Vaccination in Bombay 1924-1928 - 1924-1928
Year: 1924
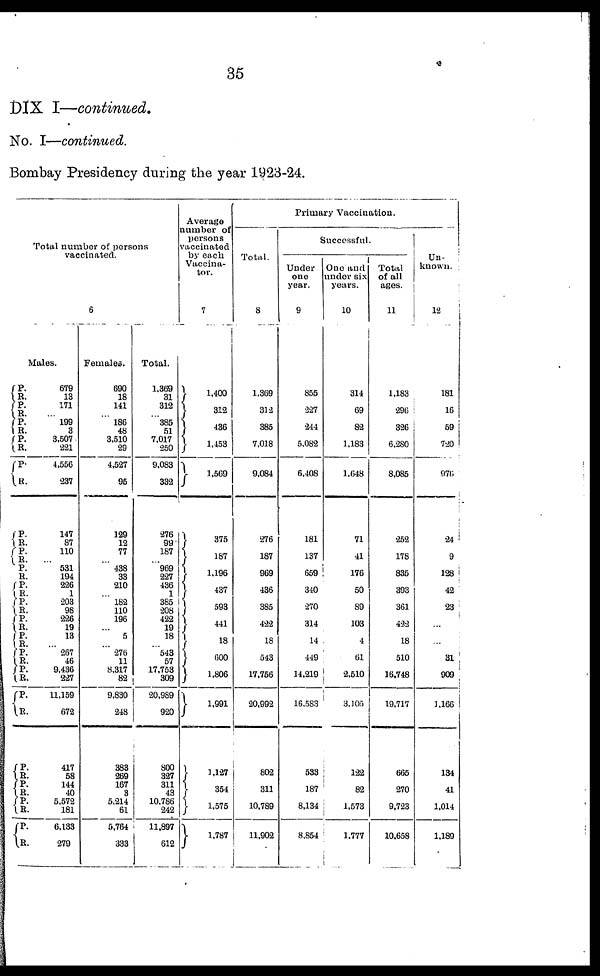
35
DIX I—continued.
No. I—continued.
Bombay Presidency during the year 1923-24.
Total number of persons
vaccinated.
6
Males.
P.
R.
P.
R.
P.
R.
P.
R.
P.
R.
P.
R.
P.
R.
P. R.
P.
R. P.
R.
P.
R.
P.
R.
P.
R.
P.
R.
P.
R.
P.
R.
P.
R.
P.
R.
P.
R.
679
13
171
... 199
3
3,507
221
4,556
237
147
87
110
... 531
194
226
1
203
98
226
19
13
... 267
46
9,436
227
11,159
672
417
58
144
40
5,572
181
6,133
279
Females.
690
18
141
...
186
48
3,510
29
4,527
95
129
12
77
...
438
33
210
...
182
110
196
...
5
...
276
11
8,317
82
9,830
248
383
269
167
3
5,214
61
5,764
333
Total.
1,369
31
312
... 385
51
7,017
250
9,083
332
276
99
187
... 969
227
436
1
385
208
422
19
18
... 543
57
17,753
309
20,989
920
800
327
311
43
10,786
242
11,897
612
Average
number of
persons
vaccinated
by each
Vaccina¬
tor.
7
1,400
312
436
1,453
1,569
375
187
1,196
437
593
441
18
600
1,806
1,991
1,127
354
1,575
1,787
Primary Vaccination.
Total.
8
1,369
312
385
7,018
9,084
276
187
969
436
385
422
18
543
17,756
20,992
802
311
10,789
11,902
Successful.
Under
one
year.
9
855
227
244
5,082
6,408
181
137
659
340
270
314
14
449
14,219
16,583
533
187
8,134
8,854
One and
under six
years.
10
314
69
82
1,183
1,648
71
41
176
50
89
103
4
61
2,510
3,105
122
82
1,573
1,777
Total
of all
ages.
11
1,183
296
326
6,280
8,085
252
178
835
393
361
422
18
510
16,748
19,717
665
270
9,723
10,658
Un-
known.
12
181
16
59
720
976
24
9
128
42
23
...
...
31
909
1,166
134
41
1,014
1,189